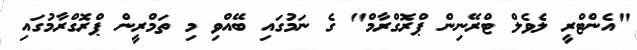
"އެންޓްރީ ލެވެލް ޓްރޭނިން ޕްރޮގްރާމް" ގެ ނަމުގައި ބޭއްވި މި ތަމްރީން ޕްރޮގްރާމުގައި